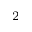
^ { 2 }